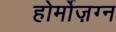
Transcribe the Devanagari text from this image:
होर्मोज़ग्न